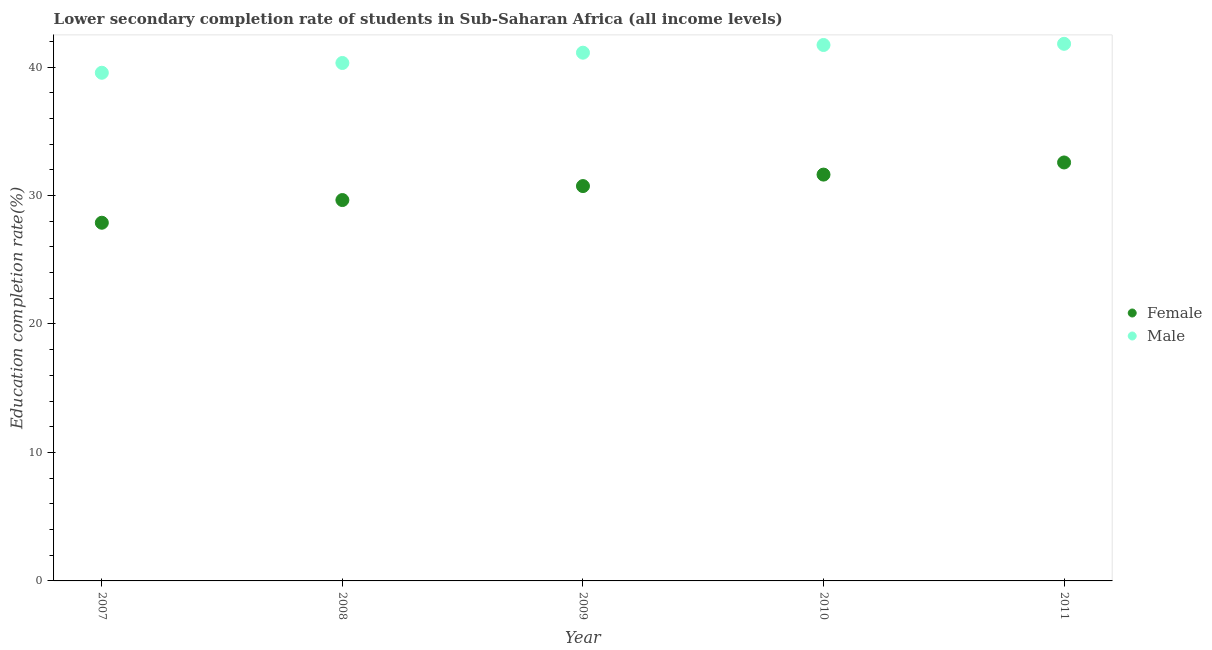
| Year | Female | Male |
 | --- | --- | --- |
 | 2007 | 27.9 | 39.6 |
 | 2008 | 29.6 | 40.3 |
 | 2009 | 30.7 | 41.1 |
 | 2010 | 31.6 | 41.7 |
 | 2011 | 32.6 | 41.8 |